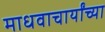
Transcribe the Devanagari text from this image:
माधवाचार्यांच्या